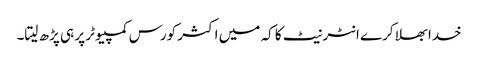
خدا بھلا کرے انٹر نیٹ کا کہ میں اکثر کورس کمپیوٹر پر ہی پڑھ لیتا۔